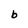
Character: b